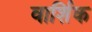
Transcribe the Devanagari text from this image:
वार्शिक